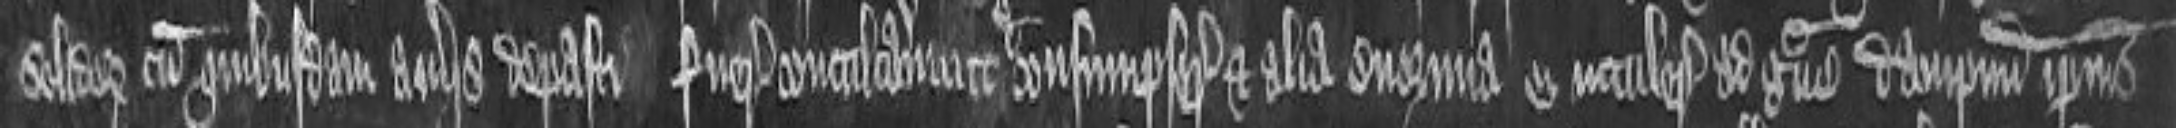
solidorum cum quibusdam averiis depasti fuerunt conculcavererunt et consumpserunt et alia enormia ei intulerunt ad grave dampnum ipsius